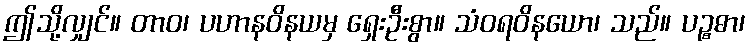
ဤသို့လျှင်။ တာဝ၊ ပဟာနဝိနယမှ ရှေးဦးစွာ။ သံဝရဝိနယော၊ သည်။ ပဉ္စဓာ၊